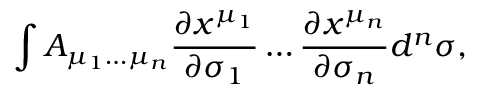
\int A _ { \mu _ { 1 } \ldots \mu _ { n } } { \frac { \partial x ^ { \mu _ { 1 } } } { \partial \sigma _ { 1 } } } \ldots { \frac { \partial x ^ { \mu _ { n } } } { \partial \sigma _ { n } } } d ^ { n } \sigma ,